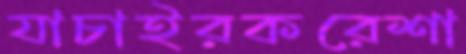
যাচাইরকরেশা